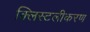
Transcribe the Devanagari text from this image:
क्लिस्टलीकरण